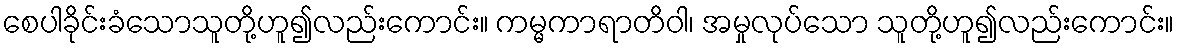
စေပါခိုင်းခံသောသူတို့ဟူ၍လည်းကောင်း။ ကမ္မကာရာတိဝါ၊ အမှုလုပ်သော သူတို့ဟူ၍လည်းကောင်း။